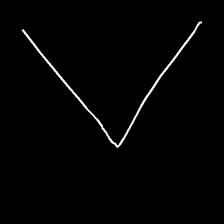
Glyph: region